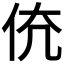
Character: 𠇳